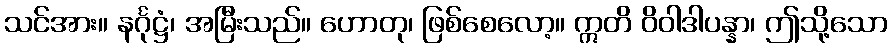
သင်အား။ နင်္ဂုဋ္ဌံ၊ အမြီးသည်။ ဟောတု၊ ဖြစ်စေလော့။ ဣတိ ဝိဝါဒါပန္နာ၊ ဤသို့သော